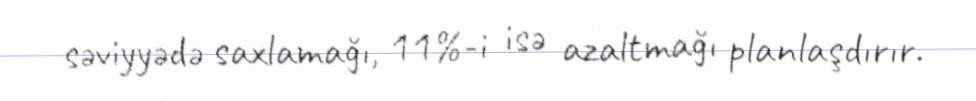
səviyyədə saxlamağı, 11%-i isə azaltmağı planlaşdırır.